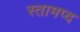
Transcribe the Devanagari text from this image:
स्तामप्द